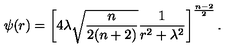
\psi ( r ) = \left[ 4 \lambda \sqrt { { \frac { n } { 2 ( n + 2 ) } } } { \frac { 1 } { r ^ { 2 } + \lambda ^ { 2 } } } \right] ^ { \frac { n - 2 } { 2 } } .